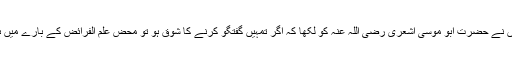
نیز انہوں نے حضرت ابو موسی اشعری رضی اللہ عنہ کو لکھا کہ اگر تمہیں گفتگو کرنے کا شوق ہو تو محض علم الفرائض کے بارے میں ہی کرو۔